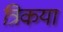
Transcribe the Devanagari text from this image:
त्रिकया